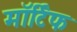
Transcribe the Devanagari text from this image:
मॉर्टिफ